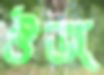
ঔজ্